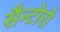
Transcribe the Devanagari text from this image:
सैन्टोरो